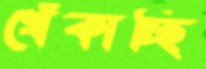
খেঁকাচ্ছি